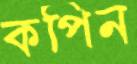
কপিন